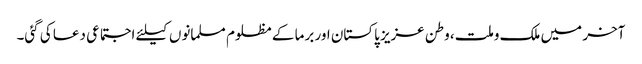
آخر میں ملک وملت، وطن عزیز پاکستان اور برما کے مظلوم مسلمانوں کیلئے اجتماعی دعا کی گئی۔